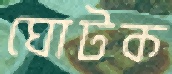
ঘোটক